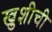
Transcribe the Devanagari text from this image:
खुशीची